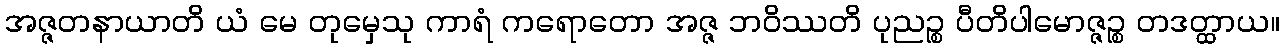
အဇ္ဇတနာယာတိ ယံ မေ တုမှေသု ကာရံ ကရောတော အဇ္ဇ ဘဝိဿတိ ပုညဉ္စ ပီတိပါမောဇ္ဇဉ္စ တဒတ္ထာယ။